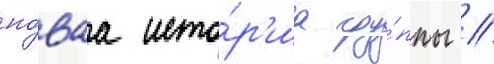
но́ваа исто́р'иа гру́ппы //